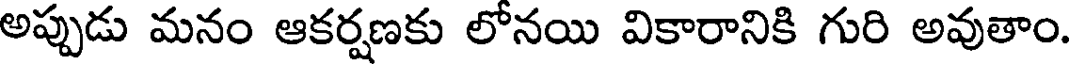
అప్పుడు మనం ఆకర్షణకు లోనయి వికారానికి గురి అవుతాం.